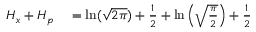
\begin{array} { r l } { H _ { x } + H _ { p } } & { { } = \ln ( { \sqrt { 2 \pi } } ) + { \frac { 1 } { 2 } } + \ln \left( { \sqrt { \frac { \pi } { 2 } } } \right) + { \frac { 1 } { 2 } } } \end{array}